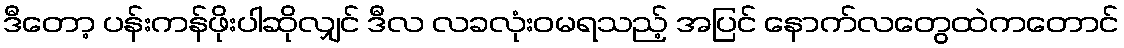
ဒီတော့ ပန်းကန်ဖိုးပါဆိုလျှင် ဒီလ လခလုံးဝမရသည့် အပြင် နောက်လတွေထဲကတောင်